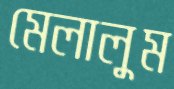
মেলালুম